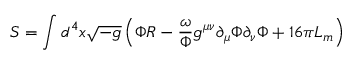
S = \int d ^ { 4 } x \sqrt { - g } \left( \Phi R - \frac { \omega } { \Phi } g ^ { \mu \nu } \partial _ { \mu } \Phi \partial _ { \nu } \Phi + 1 6 \pi { \cal L } _ { m } \right)